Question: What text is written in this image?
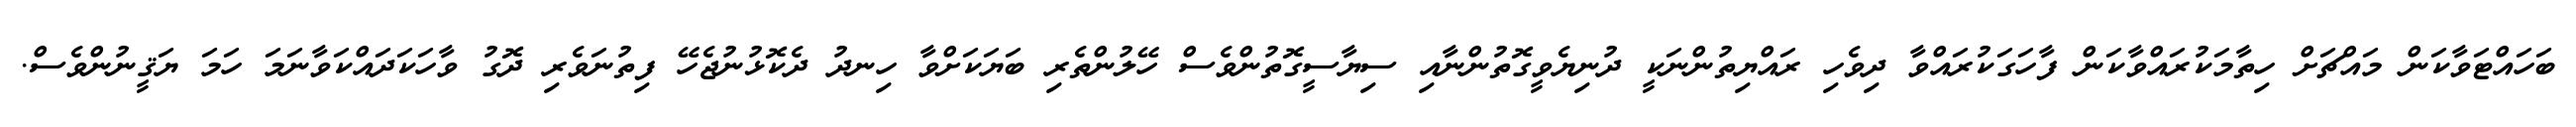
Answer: ބަހައްޓަވާކަން މައްޗަށް ހިތާމަކުރައްވާކަން ފާހަގަކުރައްވާ ދިވެހި ރައްޔިތުންނަކީ ދުނިޔެވީގޮތުންނާއި ސިޔާސީގޮތުންވެސް ހޭލުންތެރި ބަޔަކަށްވާ ހިނދު ދެކޮޅުނުޖެހޭ ފިތުނަވެރި ދޮގު ވާހަކަދައްކަވާނަމަ ހަމަ ޔަޤީނުންވެސް.